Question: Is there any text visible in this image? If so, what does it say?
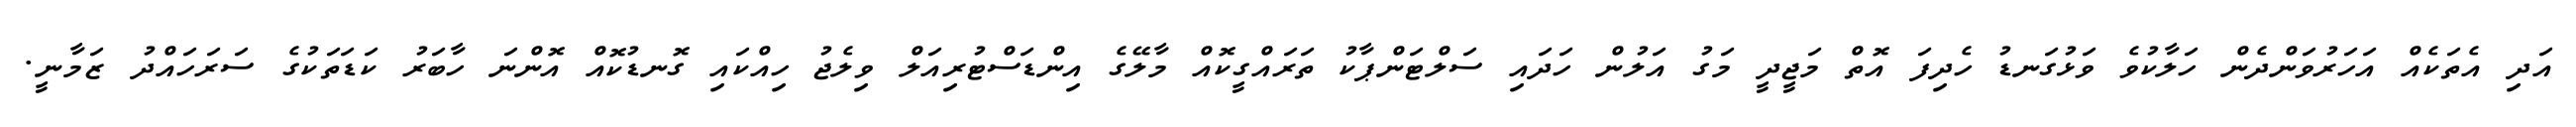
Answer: އަދި އެތަކެއް އަހަރުވަންދެން ހަލާކުވެ ވަޅުގަނޑު ހެދިފަ އޮތް މަޖީދީ މަގު އަލުން ހަދައި ސަލްޓަންޕާކު ތަރައްގީކޮއް މާލޭގެ އިންޑަސްޓުރިއަލް ވިލެޖު ހިއްކައި ގޮނޑުކޮއް އޮންނަ ހާބަރު ކަޑަތަކުގެ ސަރަހައްދު ޒަމާނީ.